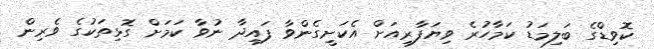
ކޮވިޑްގެ ބަލިމަޑު ކަމާހުރެ ވިޔަފާރިއަށް އެކަށީގެންވާ ފައިދާ ނުވާ ކަމަށް ގޮޅިތަކުގެ ވެރިން